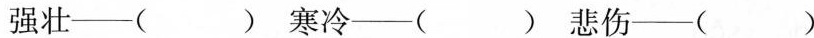
强壮—( ) 寒冷—( ) 悲伤—( )